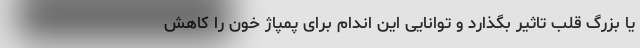
یا بزرگ قلب تاثیر بگذارد و توانایی این اندام برای پمپاژ خون را کاهش